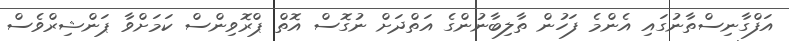
އަފްގާނިސްތާނުގައި އެންމެ ފަހުން ތާލިބާނުންގެ އަތްދަށް ނުގޮސް އޮތް ޕްރޮވިންސް ކަމަށްވާ ޕަންޝިރްވެސް